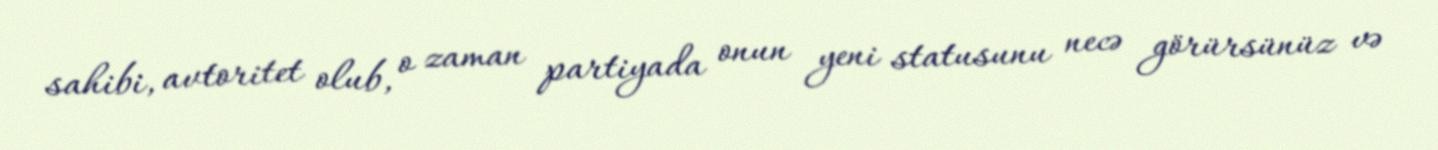
sahibi, avtoritet olub, o zaman partiyada onun yeni statusunu necə görürsünüz və